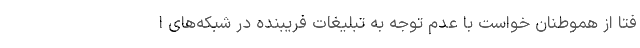
فتا از هموطنان خواست با عدم توجه به تبلیغات فریبنده در شبکه‌های ا